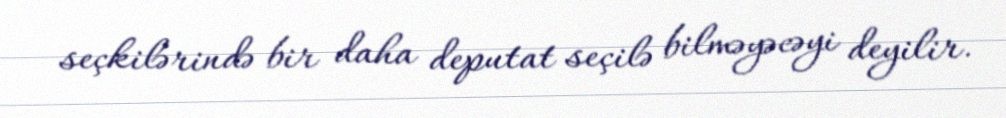
seçkilərində bir daha deputat seçilə bilməyəcəyi deyilir.